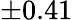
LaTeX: \pm 0.41